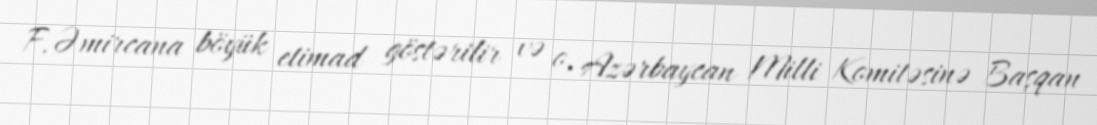
F.Əmircana böyük etimad göstərilir və o, Azərbaycan Milli Komitəsinə Başqan